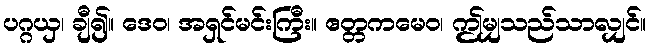
ပဂ္ဂယှ၊ ချီ၍။ ဒေဝ၊ အရှင်မင်းကြီး။ ဧတ္တကမေဝ၊ ဤမျှသည်သာလျှင်။